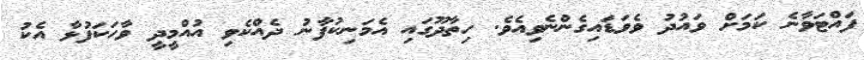
ފައްޓަވާނެ ކަމަށް ވައުދު ވެވަޑައިގެންނެވިއެވެ. ހިތާދޫގައި އެމަނިކުފާނު ދެއްކެވި އުއްމީދީ ވާހަކަފުޅާ އެކު